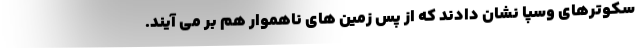
سکوترهای وسپا نشان دادند که از پس زمین های ناهموار هم بر می آیند.